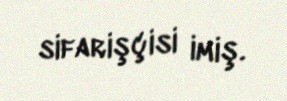
sifarişçisi imiş.